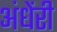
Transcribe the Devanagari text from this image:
अंधेंरी